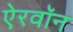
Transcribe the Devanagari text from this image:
ऐरवॉन